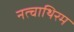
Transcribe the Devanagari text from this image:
नत्चाथिरम